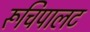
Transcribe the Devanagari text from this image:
रूचिपालट